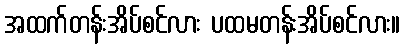
အထက်တန်းအိပ်စင်လား ပထမတန်းအိပ်စင်လား။